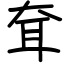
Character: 耷